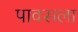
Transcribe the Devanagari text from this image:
पावसला